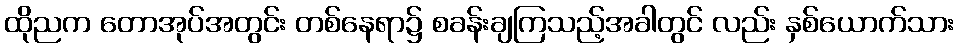
ထိုညက တောအုပ်အတွင်း တစ်နေရာ၌ စခန်းချကြသည့်အခါတွင် လည်း နှစ်ယောက်သား